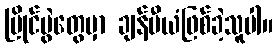
ပြိုင်ပွဲတွေမှာ ချန်ပီယံဖြစ်ခဲ့သူပါ။